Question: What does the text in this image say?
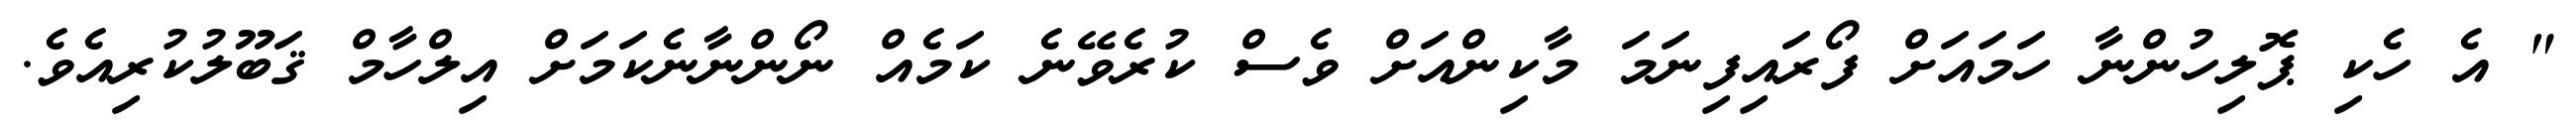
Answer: " އެ ހެކި ޕޮލިހުންނާ ހަމައަށް ފޯރައިފިނަމަ މާކިންއަށް ވެސް ކުރެވޭނެ ކަމެއް ނޯންނާނެކަމަށް އިލްހާމް ޤަބޫލުކުރިއެވެ.